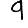
Digit: 9